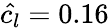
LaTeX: \hat{c_{l}}=0.16